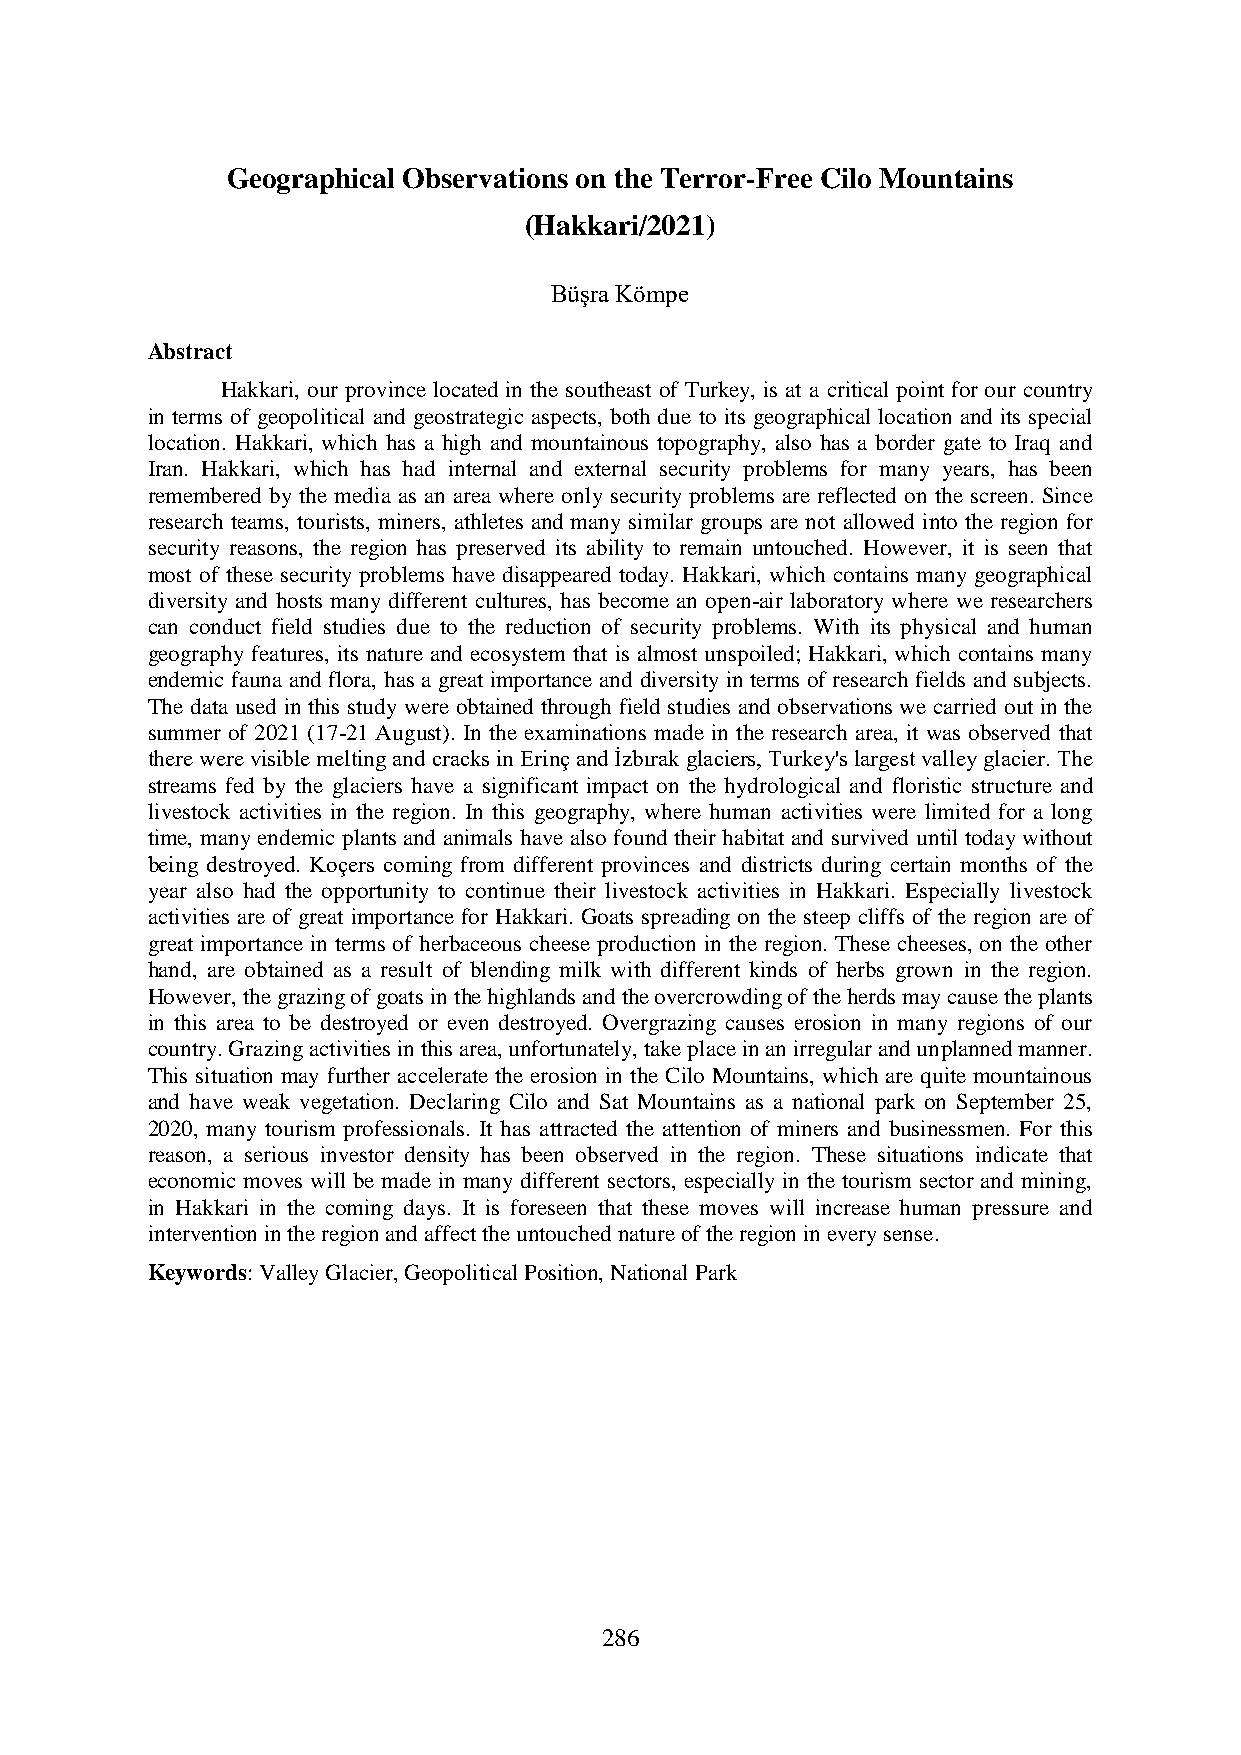
Geographical Observations on the Terror-Free Cilo Mountains
 (Hakkari/2021)
 Büşra Kömpe
 Abstract
 Hakkari, our province located in the southeast of Turkey, is at a critical point for our country
 in terms of geopolitical and geostrategic aspects, both due to its geographical location and its special
 location. Hakkari, which has a high and mountainous topography, also has a border gate to Iraq and
 Iran. Hakkari, which has had internal and external security problems for many years, has been
 remembered by the media as an area where only security problems are reflected on the screen. Since
 research teams, tourists, miners, athletes and many similar groups are not allowed into the region for
 security reasons, the region has preserved its ability to remain untouched. However, it is seen that
 most of these security problems have disappeared today. Hakkari, which contains many geographical
 diversity and hosts many different cultures, has become an open-air laboratory where we researchers
 can conduct field studies due to the reduction of security problems. With its physical and human
 geography features, its nature and ecosystem that is almost unspoiled; Hakkari, which contains many
 endemic fauna and flora, has a great importance and diversity in terms of research fields and subjects.
 The data used in this study were obtained through field studies and observations we carried out in the
 summer of 2021 (17-21 August). In the examinations made in the research area, it was observed that
 there were visible melting and cracks in Erinç and İzbırak glaciers, Turkey's largest valley glacier. The
 streams fed by the glaciers have a significant impact on the hydrological and floristic structure and
 livestock activities in the region. In this geography, where human activities were limited for a long
 time, many endemic plants and animals have also found their habitat and survived until today without
 being destroyed. Koçers coming from different provinces and districts during certain months of the
 year also had the opportunity to continue their livestock activities in Hakkari. Especially livestock
 activities are of great importance for Hakkari. Goats spreading on the steep cliffs of the region are of
 great importance in terms of herbaceous cheese production in the region. These cheeses, on the other
 hand, are obtained as a result of blending milk with different kinds of herbs grown in the region.
 However, the grazing of goats in the highlands and the overcrowding of the herds may cause the plants
 in this area to be destroyed or even destroyed. Overgrazing causes erosion in many regions of our
 country. Grazing activities in this area, unfortunately, take place in an irregular and unplanned manner.
 This situation may further accelerate the erosion in the Cilo Mountains, which are quite mountainous
 and have weak vegetation. Declaring Cilo and Sat Mountains as a national park on September 25,
 2020, many tourism professionals. It has attracted the attention of miners and businessmen. For this
 reason, a serious investor density has been observed in the region. These situations indicate that
 economic moves will be made in many different sectors, especially in the tourism sector and mining,
 in Hakkari in the coming days. It is foreseen that these moves will increase human pressure and
 intervention in the region and affect the untouched nature of the region in every sense.
 Keywords: Valley Glacier, Geopolitical Position, National Park
 286